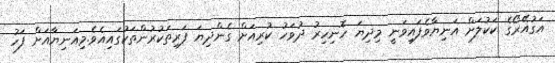
އަގުއޭރޯގެ ކަކުލަށް އަނިޔާވެފައިވަނީ މިދިޔަ ހޮނިހިރު ދުވަހު ކުރިއަށް ގެންދިޔަ ފަރިތަކުރުންތަކުގައިއެވެ.މިއަނިޔާއަށް ފަހު